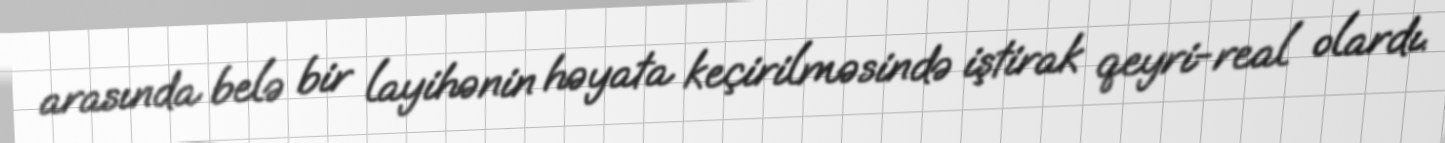
arasında belə bir layihənin həyata keçirilməsində iştirak qeyri-real olardı.